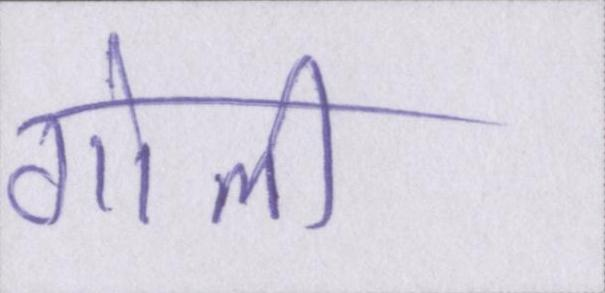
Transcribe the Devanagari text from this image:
गोली